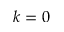
k = 0